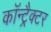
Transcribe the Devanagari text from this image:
कॉन्ट्रैक्टर